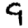
Digit: 9